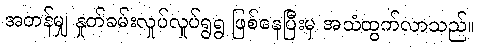
အတန်မျှ နှုတ်ခမ်းလှုပ်လှုပ်ရွရွ ဖြစ်နေပြီးမှ အသံထွက်လာသည်။